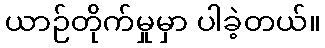
ယာဉ်တိုက်မှုမှာ ပါခဲ့တယ်။